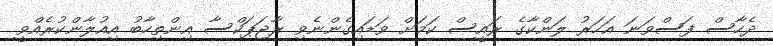
ދެހާސް ފަސްވަނަ އަހަރު ލަންކާގެ ރައީސް ކަމަށް ވަޑައިގެންނެވި ރާޖަޕަކްސާ އިންތިހާބު އިއުލާންކުރެއްވީ